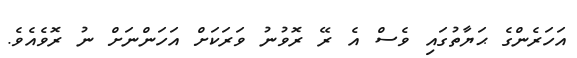
އަހަރެންގެ ޙަޔާތުގައި ވެސް އެ ރޭ ރޮވުނު ވަރަކަށް އަހަންނަށް ނު ރޮވެއެވެ.